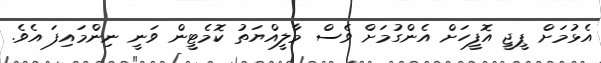
އެޅުމަށް ޕީޖީ އޮފީހަށް އެންގުމަށް ވެސް މާލީއްޔަތު ކޮމެޓީން ވަނީ ނިންމައިފަ އެވެ.